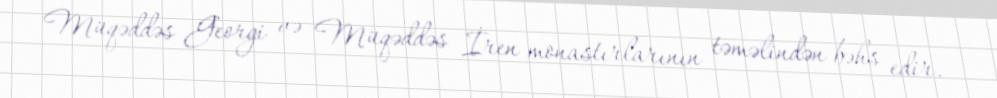
Müqəddəs Georgi və Müqəddəs İren monastırlarının təməlindən bəhs edir.